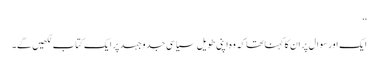
‘‘
ایک اور سوال پر ان کا کہنا تھا کہ وہ اپنی طویل سیاسی جدوجہد پر ایک کتاب لکھیں گے۔